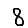
Digit: 8